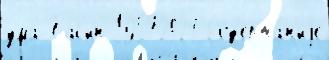
ума́ Бас'ин 19572024 Сод'ержа́н'иjе